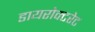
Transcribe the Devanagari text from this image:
डायरोक्टरेट